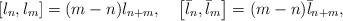
LaTeX: \begin{align*}\left[ l_n, l_m \right]=(m-n) l_{n+m}, \,\,\,\,\,\,\left[ \bar{l}_n, \bar{l}_m \right]=(m-n) \bar{l}_{n+m},\end{align*}